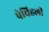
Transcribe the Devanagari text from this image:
पेचिहली